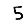
Digit: 5